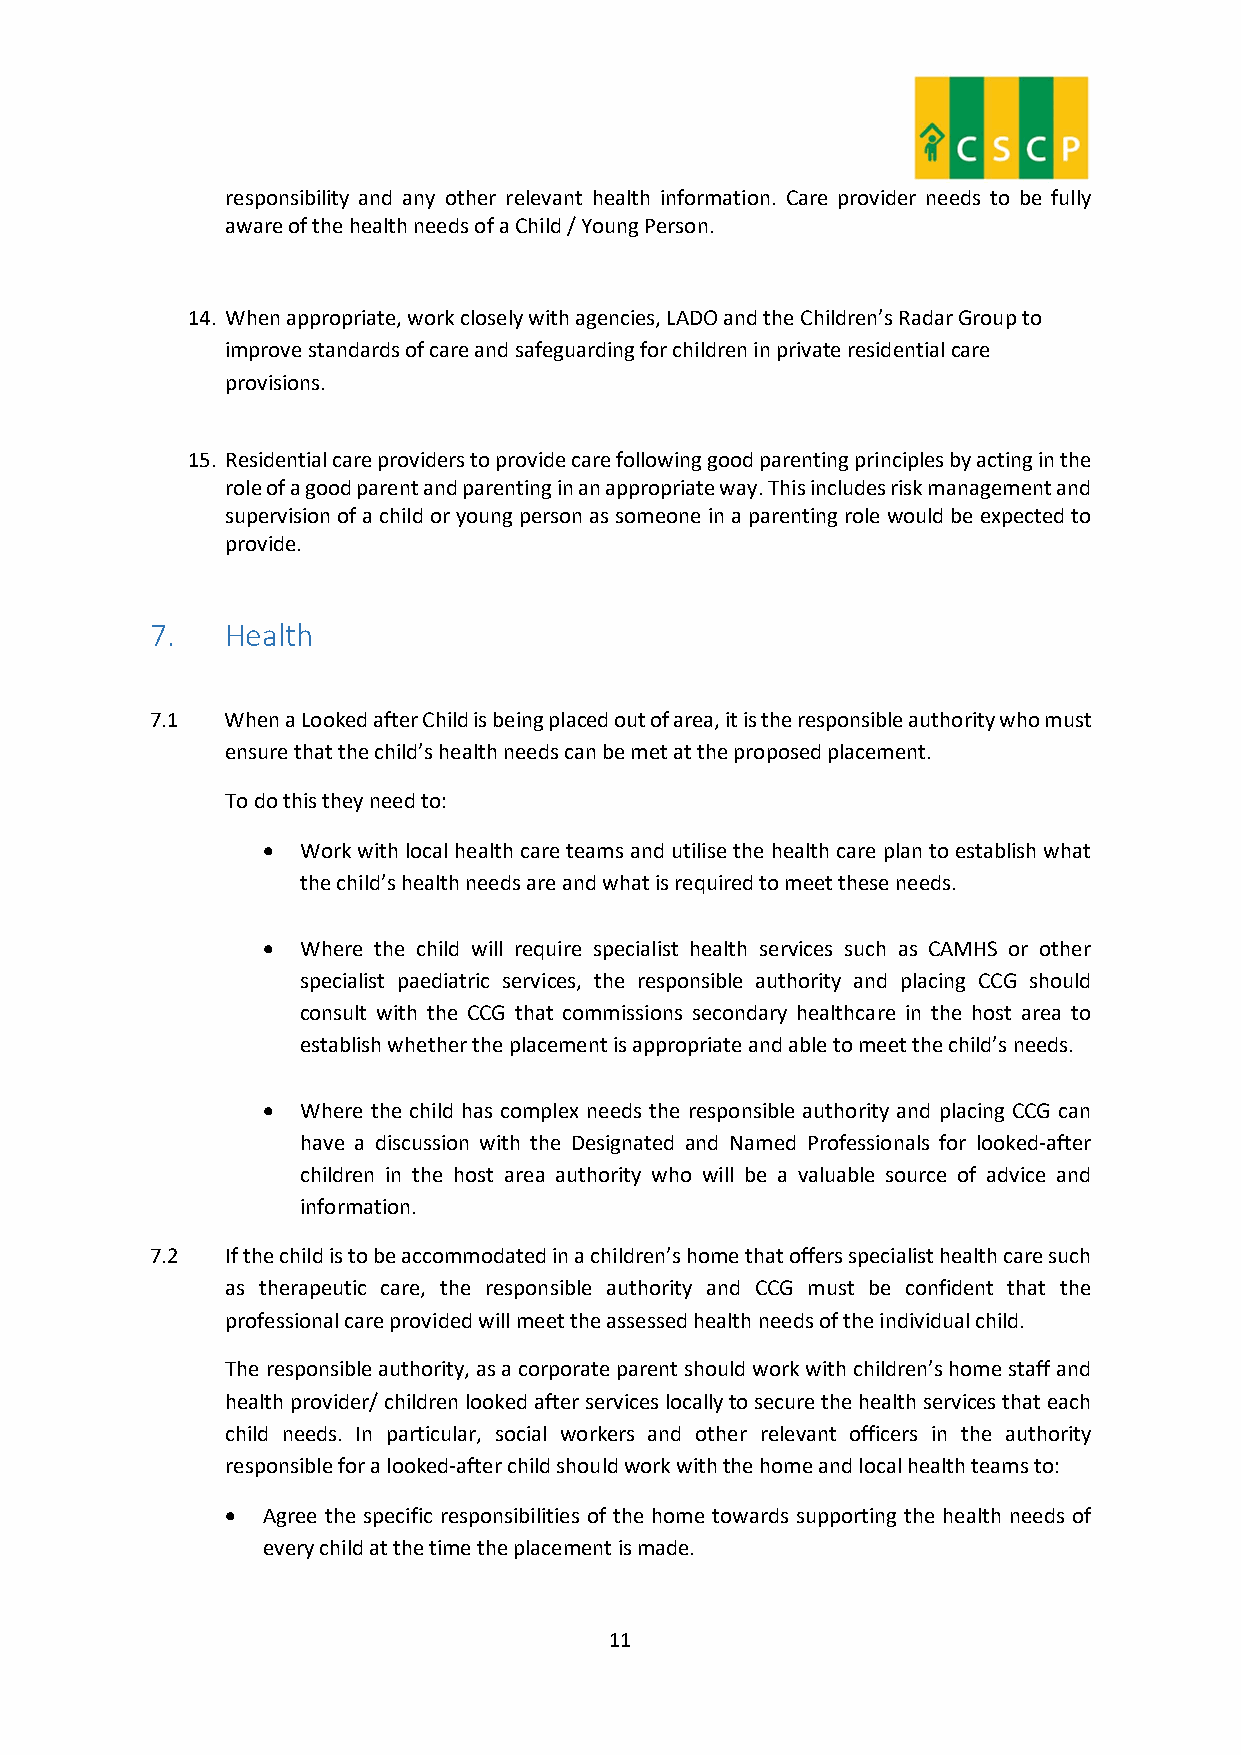
responsibility and any other relevant health information. Care provider needs to be fully
 aware of the health needs of a Child / Young Person.
 14. When appropriate, work closely with agencies, LADO and the Children’s Radar Group to
 improve standards of care and safeguarding for children in private residential care
 provisions.
 15. Residential care providers to provide care following good parenting principles by acting in the
 role of a good parent and parenting in an appropriate way. This includes risk management and
 supervision of a child or young person as someone in a parenting role would be expected to
 provide.
 7.   Health
 7.1  When a Looked after Child is being placed out of area, it is the responsible authority who must
 ensure that the child’s health needs can be met at the proposed placement.
 To do this they need to:
   Work with local health care teams and utilise the health care plan to establish what
 the child’s health needs are and what is required to meet these needs.
   Where the child will require specialist health services such as CAMHS or other
 specialist paediatric services, the responsible authority and placing CCG should
 consult with the CCG that commissions secondary healthcare in the host area to
 establish whether the placement is appropriate and able to meet the child’s needs.
   Where the child has complex needs the responsible authority and placing CCG can
 have a discussion with the Designated and Named Professionals for looked-after
 children in the host area authority who will be a valuable source of advice and
 information.
 7.2  If the child is to be accommodated in a children’s home that offers specialist health care such
 as therapeutic care, the responsible authority and CCG must be confident that the
 professional care provided will meet the assessed health needs of the individual child.
 The responsible authority, as a corporate parent should work with children’s home staff and
 health provider/ children looked after services locally to secure the health services that each
 child needs. In particular, social workers and other relevant officers in the authority
 responsible for a looked-after child should work with the home and local health teams to:
  Agree the specific responsibilities of the home towards supporting the health needs of
 every child at the time the placement is made.
 11